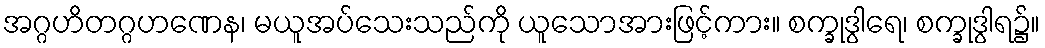
အဂ္ဂဟိတဂ္ဂဟဏေန၊ မယူအပ်သေးသည်ကို ယူသောအားဖြင့်ကား။ စက္ခုဒွါရေ၊ စက္ခုဒွါရ၌။